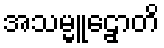
အသမ္မူဠှောတိ